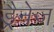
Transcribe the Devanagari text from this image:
ड्रैनेज